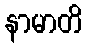
နာမာတိ